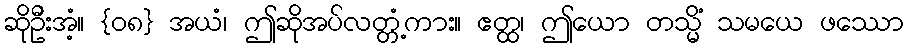
ဆိုဦးအံ့။ {၀၈} အယံ၊ ဤဆိုအပ်လတ္တံ့ကား။ ဧတ္ထ၊ ဤယော တသ္မိံ သမယေ ဖဿော